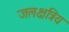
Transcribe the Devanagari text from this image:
जलक्षत्रिय